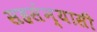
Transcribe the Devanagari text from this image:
सहसंन्यासी